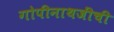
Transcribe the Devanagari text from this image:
गोपीनाथजींची